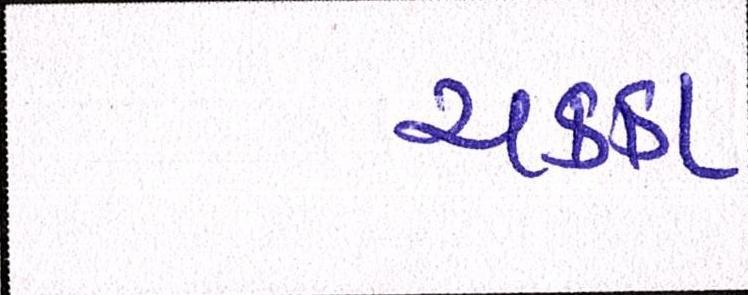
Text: ચક્કા